Senior Leaving Certificate Examination (including Day School Certificate (Higher) General paper), 1949
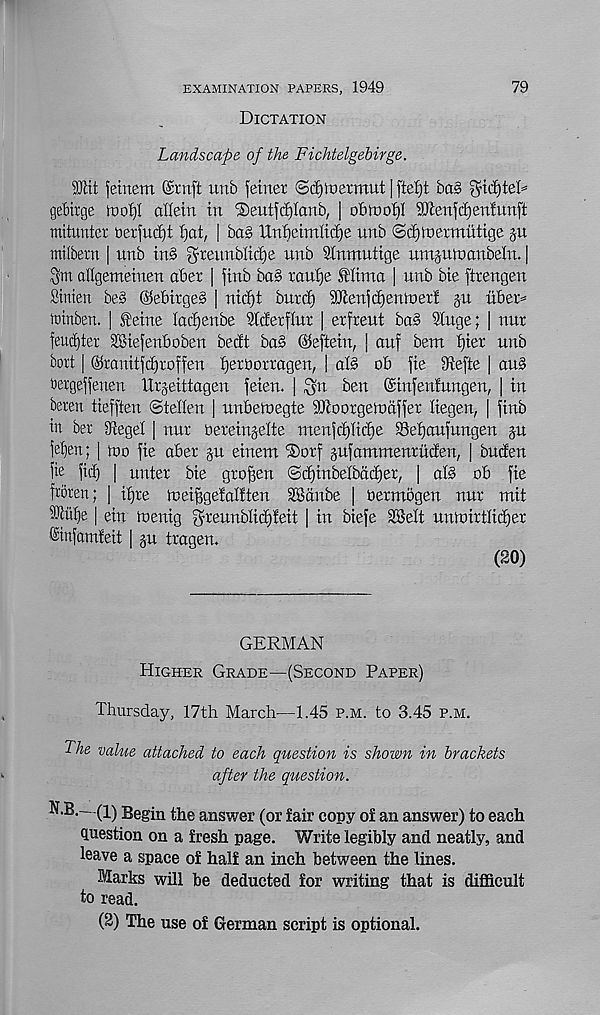
EXAMINATION PAPERS, 1949
Dictation
79
Landscape of the Fichtelgebirge.
9flcit ]etneni ©rnft unb fetner Sd)ioermut |
bag
gebirge toob)I alletn in ®eut|d)Ianb, | obinob)! SKenfdjenfunft
mitunter berfuiijt bjat, | ba§ Unbctmlic^e nnb ©tfjtnermntige ju
mtibern | unb tn§ greunbltdje nnb Slnmutige unijutnanbeln. |
Sm ailgenteiuen abet | ftnb ba§ rantje Mima [ nnb bie ftrengen
Sinien beg ©ebirgeg | nicf)t burrf) iJJlenjc^eniner! gu liber=
irinben. | f eine lacfjenbe Sicierflur | erfrent ba§ 9Xuge; | nut
feucf)ter SBiefenboben be eft bag dfeftein, j attf bem f)ier nnb
bort | ©ranitfe^roffen fjersorragen, | afg ob fie 91efte | au§
bergeffenen ttrgeittagen feien. | ^n ben ©infenfungen, | in
beren tiefften (Steffen | unbefnegte SSJtoorgetoaffer fiegen, | finb
in bet iftegef [ nnr bereingefte menfcf)ficbe SSef)aufnngen §u
fef)en; | mo fie abet gu einem ®orf gufammenruefen, | buefen
fie fid) | unter bie gro^en (Scf)inbefbac^er, | af§ ob fie
b'bren; | ifjte meijfgefalften 28anbe | oetmogen nnr mit
^uf)e | ein menig greunbfict)feit | in biefe 28eft unmirtficfjer
®infamfeit ) gn tragen.
(20)
GERMAN
Higher Grade—(Second Paper)
Thursday, 17th March—1.45 p.m. to 3.45 p.m.
The value attached to each question is shown in brackets
after the question.
N.B.—(i) Begin the answer (or fair copy of an answer) to each
question on a fresh page. Write legibly and neatly, and
leave a space of half an inch between the lines.
Marks will be deducted for writing that is difficult
to read.
(2) The use of German script is optional.